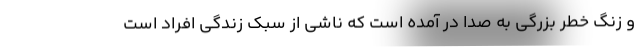
و زنگ خطر بزرگی به صدا در آمده است که ناشی از سبک زندگی افراد است